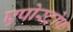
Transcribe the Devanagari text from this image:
एपोस्ट्रोफ़